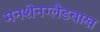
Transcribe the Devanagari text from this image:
मनशेनग्लैडबाख